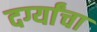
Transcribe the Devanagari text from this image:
दर्ग्यांचा